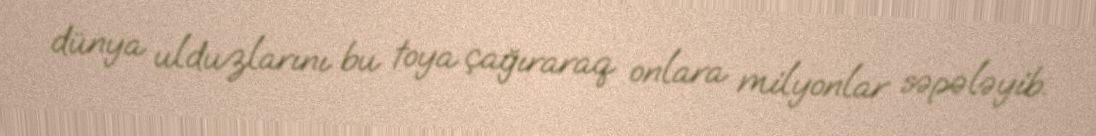
dünya ulduzlarını bu toya çağıraraq onlara milyonlar səpələyib.